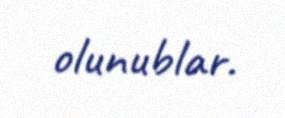
olunublar.